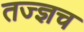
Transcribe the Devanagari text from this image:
तज्ज्ञच